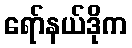
ရော်နယ်ဒိုက